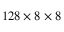
1 2 8 \times 8 \times 8